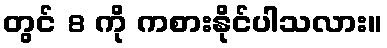
တွင် 8 ကို ကစားနိုင်ပါသလား။